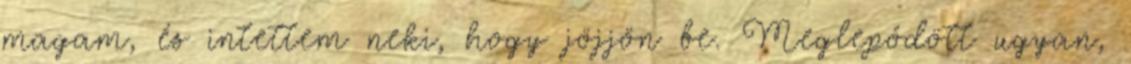
magam, és intettem neki, hogy jöjjön be. Meglepődött ugyan,